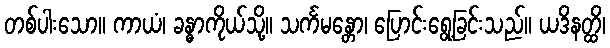
တစ်ပါးသော။ ကာယံ၊ ခန္ဓာကိုယ်သို့။ သင်္ကမန္တော၊ ပြောင်းရွေ့ခြင်းသည်။ ယဒိနတ္ထိ၊